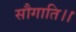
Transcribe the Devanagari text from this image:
सौगाति।।